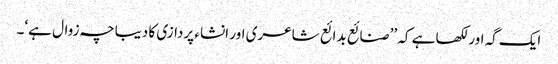
ایک گہ اور لکھا ہے کہ ’’صنائع بدائع شاعری اور انشاء پردازی کا دیباچہ زوال ہے‘۔